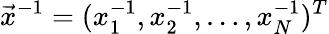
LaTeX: \vec{x}^{-1}=(x_{1}^{-1},x_{2}^{-1},\ldots,x_{N}^{-1})^{T}